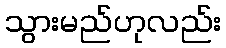
သွားမည်ဟုလည်း